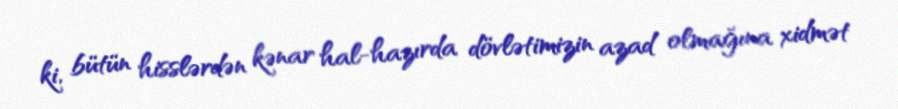
ki, bütün hisslərdən kənar hal-hazırda dövlətimizin azad olmağına xidmət